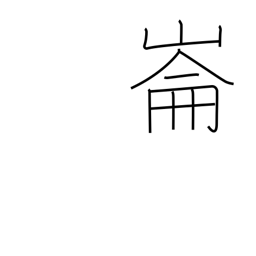
Meaning: place name